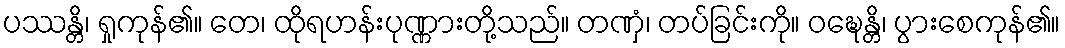
ပဿန္တိ၊ ရှုကုန်၏။ တေ၊ ထိုရဟန်းပုဏ္ဏားတို့သည်။ တဏှံ၊ တပ်ခြင်းကို။ ဝဍ္ဎေန္တိ၊ ပွားစေကုန်၏။